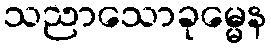
သညာသောခုမ္မေန